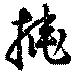
掩